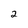
Character: 2